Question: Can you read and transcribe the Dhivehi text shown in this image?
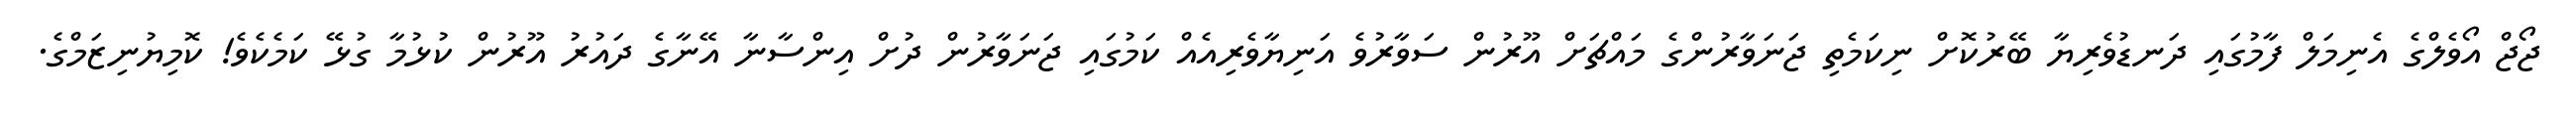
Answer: ޖޯޖް އޯވެލްގެ އެނިމަލް ފާމުގައި ދަނޑުވެރިޔާ ބޭރުކޮށް ނިކަމެތި ޖަނަވާރުންގެ މައްޗަށް އޫރުން ސަވާރުވެ އަނިޔާވެރިއެއް ކަމުގައި ޖަނަވާރުން ދުށް އިންސާނާ އޭނާގެ ދައުރު އޫރުން ކުޅުމާ ގުޅޭ ކަމެކެވެ! ކޮމިޔުނިޒަމްގެ.